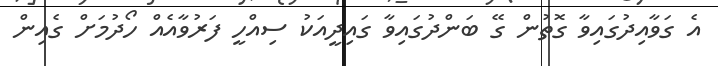
އެ ގަވާއިދުގައިވާ ގޮތުން ގޭ ބަންދުގައިވާ ގައިދީއަކު ސިއްހީ ފަރުވާއެއް ހޯދުމަށް ގެއިން